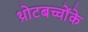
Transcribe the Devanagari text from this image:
थ्रोटबच्चोंके